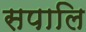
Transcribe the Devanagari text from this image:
सपालि